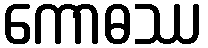
ကောဓဿ